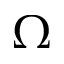
\Omega